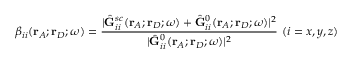
\beta _ { i i } ( \mathbf { r } _ { A } ; \mathbf { r } _ { D } ; \omega ) = \frac { | \hat { \mathbf { G } } _ { i i } ^ { s c } ( \mathbf { r } _ { A } ; \mathbf { r } _ { D } ; \omega ) + \hat { \mathbf { G } } _ { i i } ^ { 0 } ( \mathbf { r } _ { A } ; \mathbf { r } _ { D } ; \omega ) | ^ { 2 } } { | \hat { \mathbf { G } } _ { i i } ^ { 0 } ( \mathbf { r } _ { A } ; \mathbf { r } _ { D } ; \omega ) | ^ { 2 } } \ ( i = x , y , z )